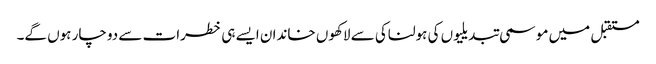
مستقبل میں موسمی تبدیلیوں کی ہولناکی سے لاکھوں خاندان ایسے ہی خطرات سے دوچار ہوں گے۔